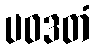
ပဝဒတံ